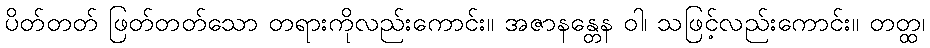
ပိတ်တတ် ဖြတ်တတ်သော တရားကိုလည်းကောင်း။ အဇာနန္တေန ဝါ၊ သဖြင့်လည်းကောင်း။ တတ္ထ၊